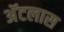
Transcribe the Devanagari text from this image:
अॅटलास